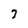
Character: 7